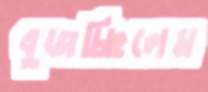
বুজচ্ছিলেম